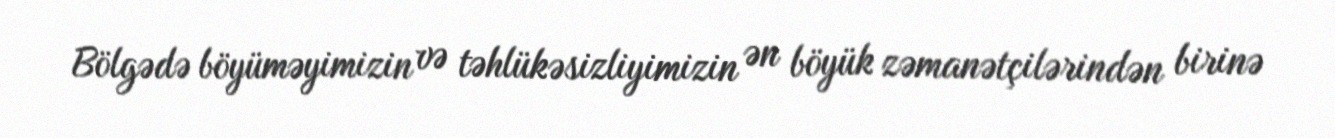
Bölgədə böyüməyimizin və təhlükəsizliyimizin ən böyük zəmanətçilərindən birinə